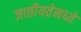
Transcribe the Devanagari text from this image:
जातीयतेमध्ये